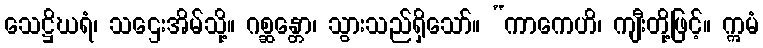
သေဋ္ဌိဃရံ၊ သဌေးအိမ်သို့။ ဂစ္ဆန္တော၊ သွားသည်ရှိသော်။ “ကာကေဟိ၊ ကျီးတို့ဖြင့်။ ဣမံ